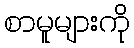
စာမူများကို